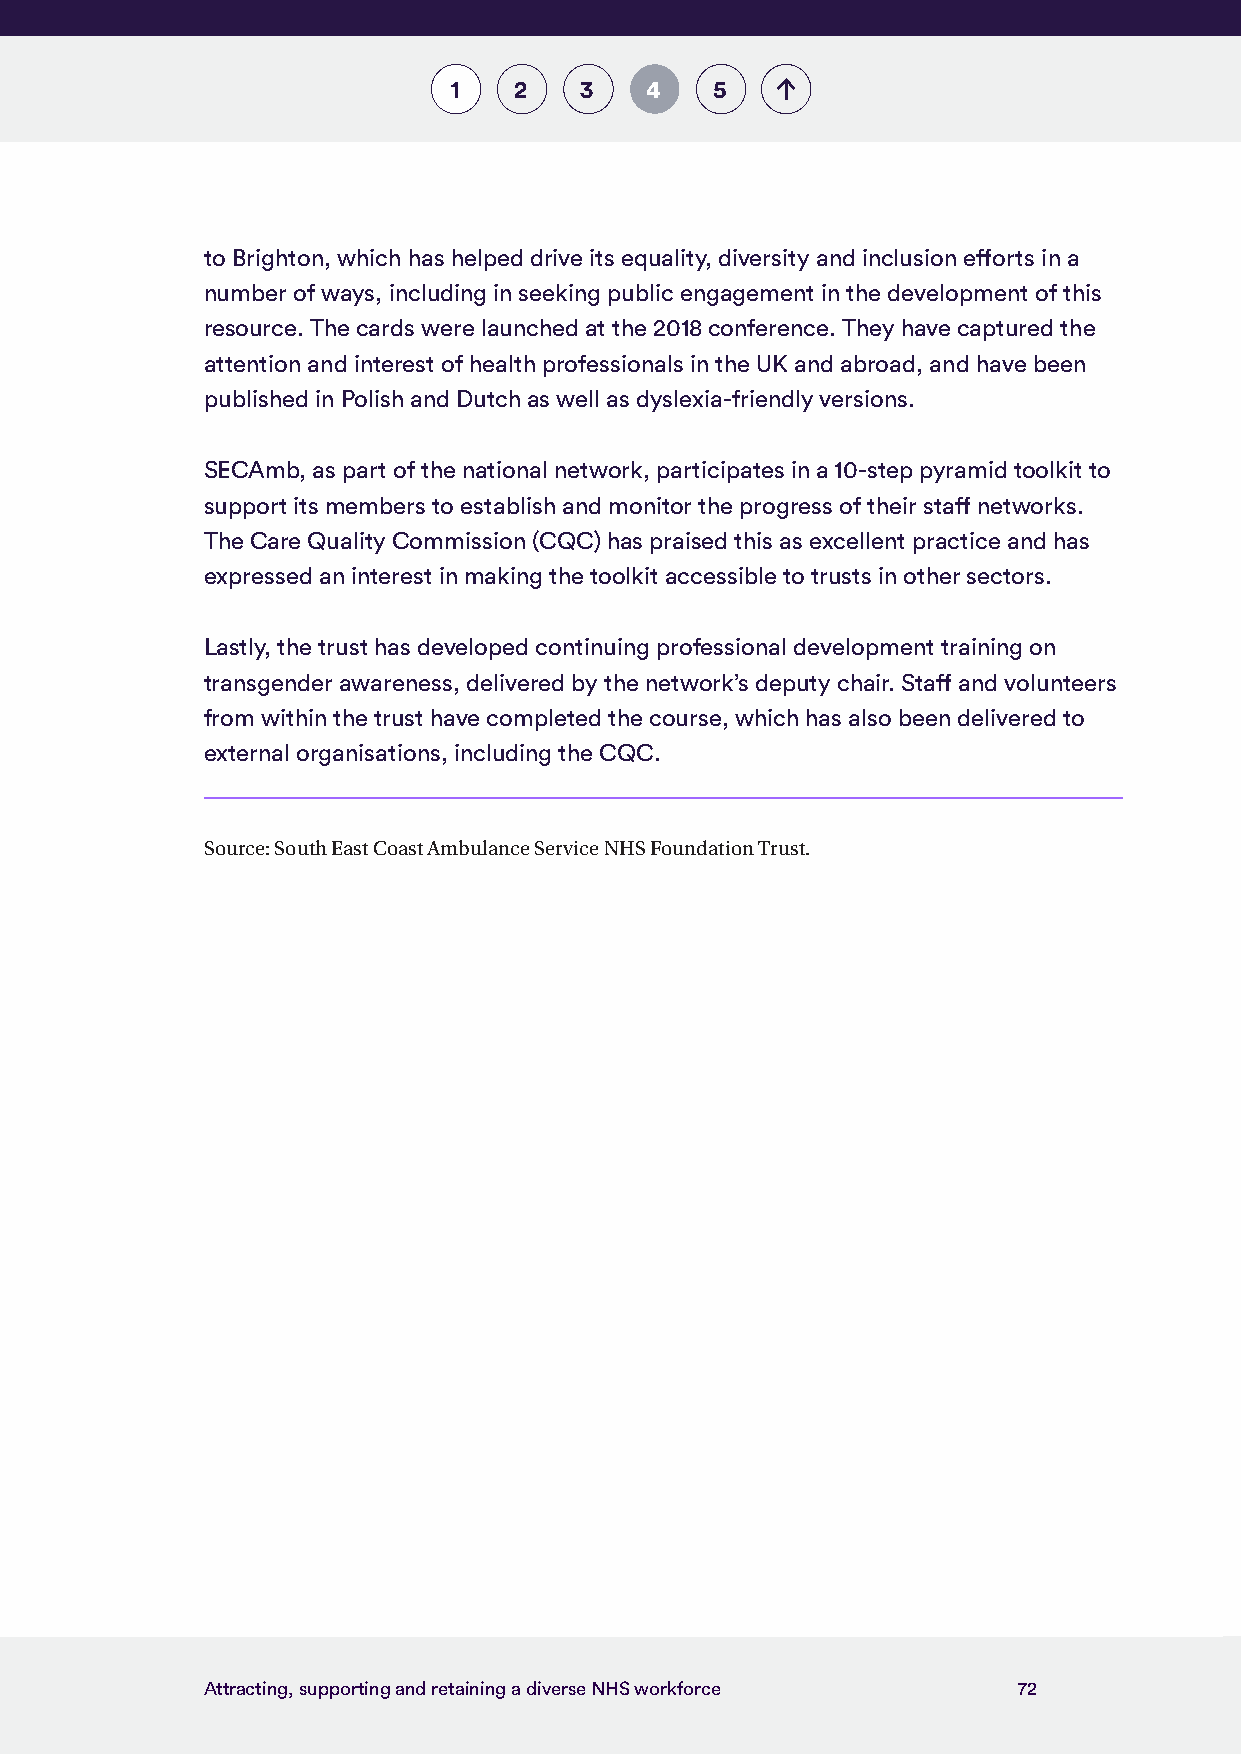
1   2   3    4   5
 to Brighton, which has helped drive its equality, diversity and inclusion efforts in a
 number of ways, including in seeking public engagement in the development of this
 resource. The cards were launched at the 2018 conference. They have captured the
 attention and interest of health professionals in the UK and abroad, and have been
 published in Polish and Dutch as well as dyslexia-friendly versions.
 SECAmb, as part of the national network, participates in a 10-step pyramid toolkit to
 support its members to establish and monitor the progress of their staff networks.
 The Care Quality Commission (CQC) has praised this as excellent practice and has
 expressed an interest in making the toolkit accessible to trusts in other sectors.
 Lastly, the trust has developed continuing professional development training on
 transgender awareness, delivered by the network’s deputy chair. Staff and volunteers
 from within the trust have completed the course, which has also been delivered to
 external organisations, including the CQC.
 Source: South East Coast Ambulance Service NHS Foundation Trust.
 Attracting, supporting and retaining a diverse NHS workforce 72